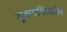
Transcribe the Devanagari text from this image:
सूक्ष्माभिव्यक्ति